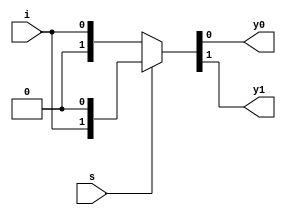
module demux_1_2(
  input s,
  input  i,
  output reg y0,y1);
  
  assign {y1,y0} = s? {i,1'b0} : {1'b0,i};
endmodule